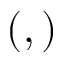
( , )